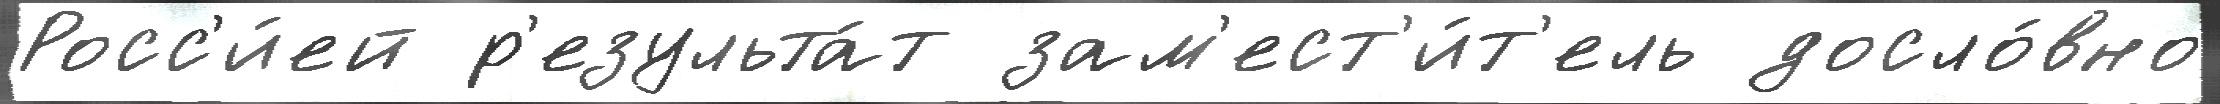
Росс'и́ей р'езульта́т зам'ест'и́т'ель досло́вно